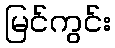
မြင်ကွင်း